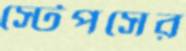
স্টেপসের